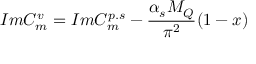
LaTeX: I m C _ { m } ^ { v } = I m C _ { m } ^ { p . s } - \frac { \alpha _ { s } M _ { Q } } { \pi ^ { 2 } } ( 1 - x )